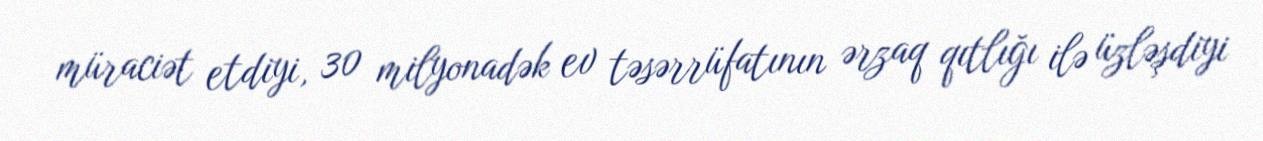
müraciət etdiyi, 30 milyonadək ev təsərrüfatının ərzaq qıtlığı ilə üzləşdiyi